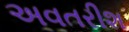
અવતરીશ